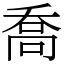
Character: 喬